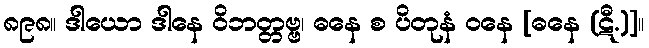
၈၉၈။ ဒါယော ဒါနေ ဝိဘတ္တဗ္ဗ၊ ဓနေ စ ပိတုနံ ဝနေ [ဓနေ (ဋီ.)]။